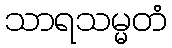
သာရသမ္မတံ